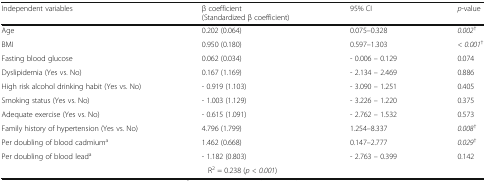
<table><thead><tr><td><b>Independent variables</b></td><td><b>β coefficient(Standardized β coefficient)</b></td><td><b>95% CI</b></td><td><b><i>p</i>-value</b></td></tr></thead><tbody><tr><td>Age</td><td>0.202 (0.064)</td><td>0.075–0.328</td><td><i>0.002</i><sup>†</sup></td></tr><tr><td>BMI</td><td>0.950 (0.180)</td><td>0.597–1.303</td><td><i>&lt; 0.001</i><sup>†</sup></td></tr><tr><td>Fasting blood glucose</td><td>0.062 (0.034)</td><td>- 0.006 – 0.129</td><td>0.074</td></tr><tr><td>Dyslipidemia (Yes vs. No)</td><td>0.167 (1.169)</td><td>- 2.134 – 2.469</td><td>0.886</td></tr><tr><td>High risk alcohol drinking habit (Yes vs. No)</td><td>- 0.919 (1.103)</td><td>- 3.090 – 1.251</td><td>0.405</td></tr><tr><td>Smoking status (Yes vs. No)</td><td>- 1.003 (1.129)</td><td>- 3.226 – 1.220</td><td>0.375</td></tr><tr><td>Adequate exercise (Yes vs. No)</td><td>- 0.615 (1.091)</td><td>- 2.762 – 1.532</td><td>0.573</td></tr><tr><td>Family history of hypertension (Yes vs. No)</td><td>4.796 (1.799)</td><td>1.254–8.337</td><td><i>0.008</i><sup>†</sup></td></tr><tr><td>Per doubling of blood cadmium<sup>a</sup></td><td>1.462 (0.668)</td><td>0.147–2.777</td><td><i>0.029</i><sup>†</sup></td></tr><tr><td>Per doubling of blood lead<sup>a</sup></td><td>- 1.182 (0.803)</td><td>- 2.763 – 0.399</td><td>0.142</td></tr><tr><td colspan="4">R<sup>2</sup> = 0.238 (<i>p</i> <i>&lt; 0.001</i>)</td></tr></tbody></table>